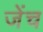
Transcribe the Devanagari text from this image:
जेंच